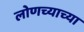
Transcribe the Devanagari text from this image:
लोणच्याच्या